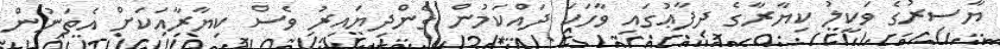
ޔާސިރުގެ ވަކީލު ކިޔާރާގެ ދިފާޢުގައި ވާހަކަ ދައްކަމުން ގެންދިޔައިރު ވެސް ކިޔާރާއަކަށް އެތަނުން